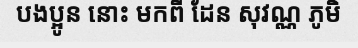
បងប្អូន នោះ មកពី ដែន សុវណ្ណ ភូមិ